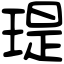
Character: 瑅